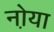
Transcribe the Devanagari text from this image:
नो़या